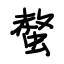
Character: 螫